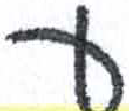
אות: פ